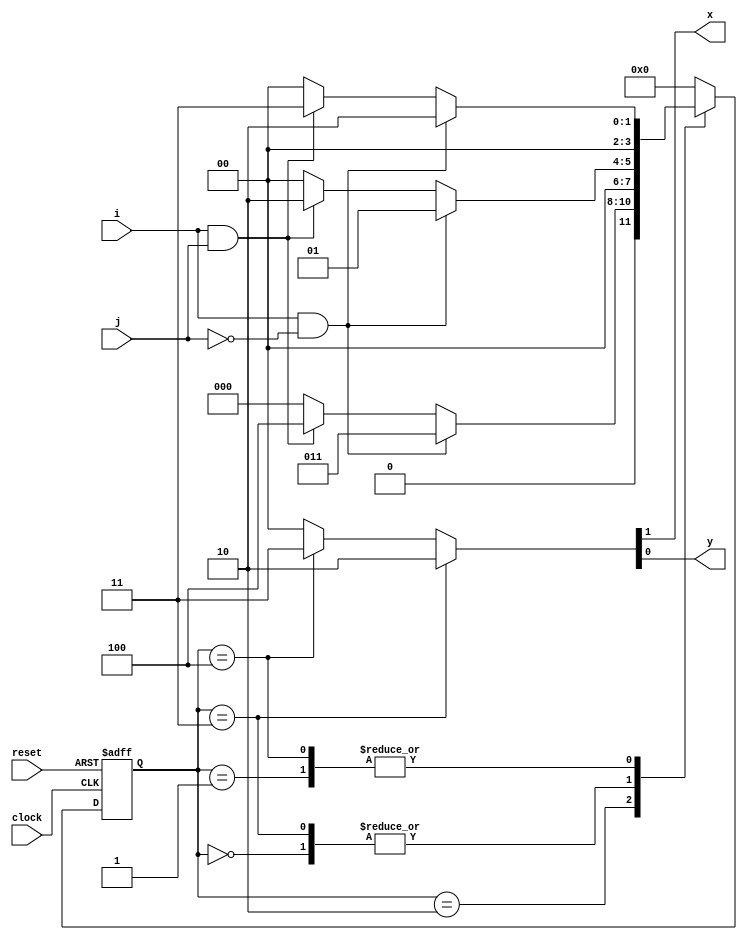
module vending_machine( 
input clock, 
input reset, 
input i, 
input j, 
output x, 
output y 
); 
parameter IDLE=3'b000, 
ONE_RUPEE_STATE=3'b001, 
TWO_RUPEE_STATE=3'b010, 
THREE_RUPEE_STATE=3'b011, 
FOUR_RUPEE_STATE=3'b100; 
reg [3:0]p_state,n_state; 
always @(posedge clock , posedge reset) 

begin 
if(reset==1) 
p_state<=IDLE;         
else 
p_state<=n_state; 
end 
always @(p_state,i,j) 
begin 
case(p_state) 
IDLE:begin 
if(i==1&&j==0) 
n_state<=ONE_RUPEE_STATE; 
else if(i==1&&j==1) 
n_state<=TWO_RUPEE_STATE; 
else 
n_state<=IDLE; 
end 
ONE_RUPEE_STATE:begin 
if(i==1&&j==0) 
n_state<=TWO_RUPEE_STATE; 
else if(i==1&&j==1) 
n_state<=THREE_RUPEE_STATE; 
else 
n_state<=IDLE; 
end 
TWO_RUPEE_STATE:begin 
if(i==1&&j==0) 
n_state<=THREE_RUPEE_STATE;  

else if(i==1&&j==1) 
n_state<=FOUR_RUPEE_STATE; 
else 
n_state<=IDLE; 
end 
THREE_RUPEE_STATE:begin 
if(i==1&&j==0) 
n_state<=ONE_RUPEE_STATE; 
else if(i==1&&j==1) 
n_state<=TWO_RUPEE_STATE; 
else 
n_state<=IDLE; 
end 
FOUR_RUPEE_STATE:begin 
if(i==1&&j==0) 
n_state<=TWO_RUPEE_STATE; 
else if(i==1&&j==1) 
n_state<=THREE_RUPEE_STATE; 
else 
n_state<=IDLE; 
end 
default:n_state<=IDLE; 
endcase 
end 
assign{x,y}=(p_state==THREE_RUPEE_STATE)?TWO_RUPEE_STATE:((p_state==FOUR_RUPEE_STATE)?THREE_RUPEE_STATE:FOUR_RUPEE_STATE); 
endmodule